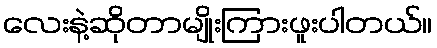
လေးနဲ့ဆိုတာမျိုးကြားဖူးပါတယ်။